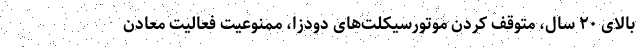
بالای ۲۰ سال، متوقف کردن موتورسیکلت‌های دودزا، ممنوعیت فعالیت معادن